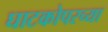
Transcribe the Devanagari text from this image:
घाटकोपरच्या